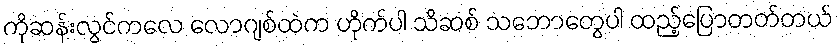
ကိုဆန်းလွင်ကလေ လောဂျစ်ထဲက ဟိုက်ပါ သိဆစ် သဘောတွေပါ ထည့်ပြောတတ်တယ်